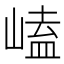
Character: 𡻊